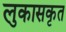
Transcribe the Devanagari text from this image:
लुकासकृत